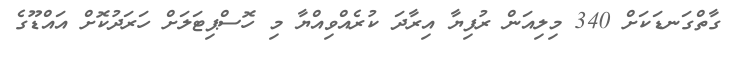
ގާތްގަނޑަކަށް 340 މިލިއަން ރުފިޔާ އިރާދަ ކުރެއްވިއްޔާ މި ހޮސްޕިޓަލަށް ހަރަދުކޮށް އައްޑޫގެ